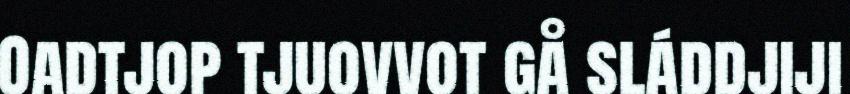
Oadtjop tjuovvot gå sláddjiji